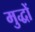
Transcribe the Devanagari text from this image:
मुद्धों